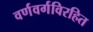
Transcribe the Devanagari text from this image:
वर्णवर्गविरहित